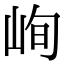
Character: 峋